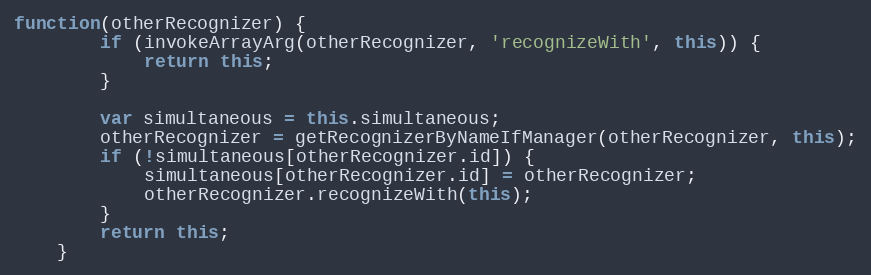
Language: JavaScript
function(otherRecognizer) {
        if (invokeArrayArg(otherRecognizer, 'recognizeWith', this)) {
            return this;
        }

        var simultaneous = this.simultaneous;
        otherRecognizer = getRecognizerByNameIfManager(otherRecognizer, this);
        if (!simultaneous[otherRecognizer.id]) {
            simultaneous[otherRecognizer.id] = otherRecognizer;
            otherRecognizer.recognizeWith(this);
        }
        return this;
    }